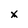
Character: x